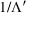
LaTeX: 1 / \Lambda ^ { \prime }